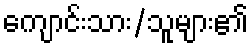
ကျောင်းသား/သူများ၏